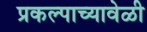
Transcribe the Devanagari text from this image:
प्रकल्पाच्यावेळी